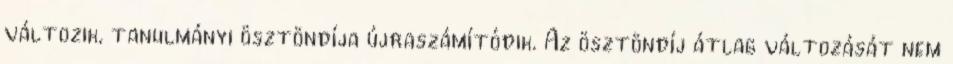
változik, tanulmányi ösztöndíja újraszámítódik. Az ösztöndíj átlag változását nem